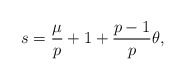
\begin{align*}s=\frac{\mu}{p}+1+\frac{p-1}{p}\theta,\end{align*}